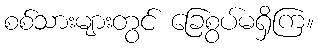
စစ်သားများတွင် ခြေစွပ်မရှိကြ။